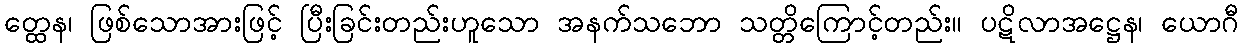
တ္ထေန၊ ဖြစ်သောအားဖြင့် ပြီးခြင်းတည်းဟူသော အနက်သဘော သတ္တိကြောင့်တည်း။ ပဋိလာအဋ္ဌေန၊ ယောဂီ